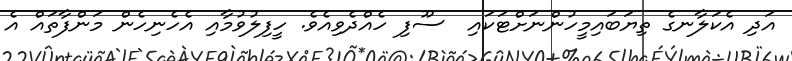
އަދި އެކަލާނގެ ތިޔަބައިމީހުންނަށްޓަކައި  ސޫފި ހެއްދެވިއެވެ. ހީފިލުވުމާއި އެހެނިހެން މަންފާތައް އެ